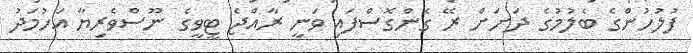
ފުލުހުންގެ ބެލުމުގެ ދަށަށް ރޭ ގެންގޮސްފައި ވަނީ ރާއްޖެ ޓީވީގެ ނޫސްވެރިޔާ އަހުމަދު